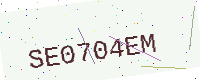
Text: SE0704EM